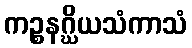
ကဉ္စနဂ္ဃိယသံကာသံ